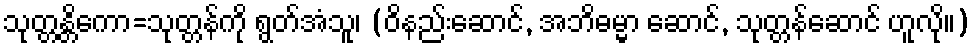
သုတ္တန္တိကော=သုတ္တန်ကို ရွတ်အံသူ၊ (ဝိနည်းဆောင်, အဘိဓမ္မာ ဆောင်, သုတ္တန်ဆောင် ဟူလို။)